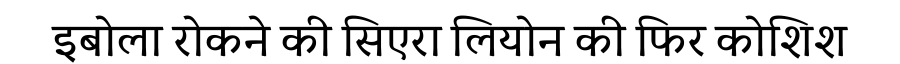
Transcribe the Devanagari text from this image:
इबोला रोकने की सिएरा लियोन की फिर कोशिश